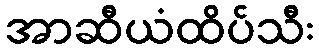
အာဆီယံထိပ်သီး